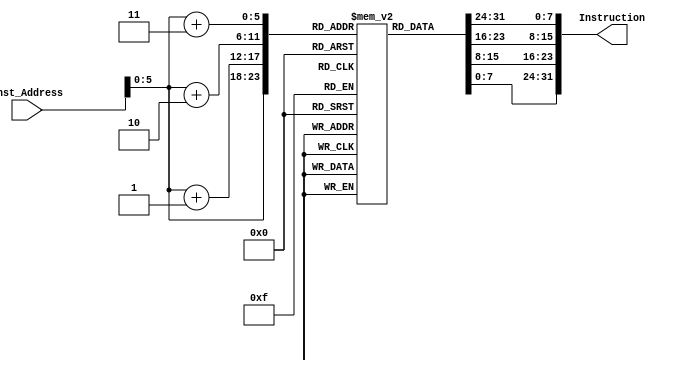
`timescale 1ns / 1ps
//////////////////////////////////////////////////////////////////////////////////
// Company: 
// Engineer: 
// 
// Design Name: 
// Module Name: Instruction_Memory
// Project Name: 
// Target Devices: 
// Tool Versions: 
// Description: 
// 
// Dependencies: 
// 
// Revision:
// Revision 0.01 - File Created
// Additional Comments:
// 
//////////////////////////////////////////////////////////////////////////////////

module Instruction_Memory
(
	input [63:0] Inst_Address,
	output reg [31:0] Instruction
);
	reg [7:0] inst_mem [63:0];
//    reg [7:0] inst_mem[15:0];	
	initial
	begin   
        inst_mem[0] = 8'b00110011; //add x10,x12,x13
        inst_mem[1] = 8'b00000101;
        inst_mem[2] = 8'b11010110;
        inst_mem[3] = 8'b0;
        
        
        //add x5, x6, x7
        inst_mem[4] = 8'b10110011;
        inst_mem[5] = 8'b00000010;
        inst_mem[6] = 8'b01110011;
        inst_mem[7] = 8'b0;
    end
	  
	always @(Inst_Address)
	begin
		Instruction={inst_mem[Inst_Address+3],inst_mem[Inst_Address+2],inst_mem[Inst_Address+1],inst_mem[Inst_Address]};
	end
endmodule